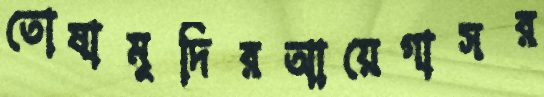
তোষামুদিরআয়েগাসর